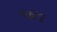
મદાવ